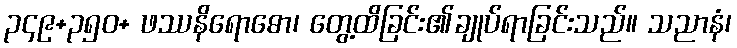
၃၄၉+၃၅၀+ ဖဿနိရောဓော၊ တွေ့ထိခြင်း၏ချုပ်ရာခြင်းသည်။ သညာနံ၊